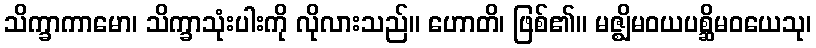
သိက္ခာကာမော၊ သိက္ခာသုံးပါးကို လိုလားသည်။ ဟောတိ၊ ဖြစ်၏။ မဇ္ဈိမဝယပစ္ဆိမဝယေသု၊